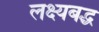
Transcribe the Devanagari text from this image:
लक्ष्यबद्ध